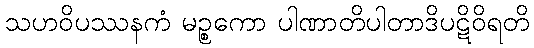
သဟဝိပဿနကံ မဉ္စကော ပါဏာတိပါတာဒိပဋိဝိရတိ